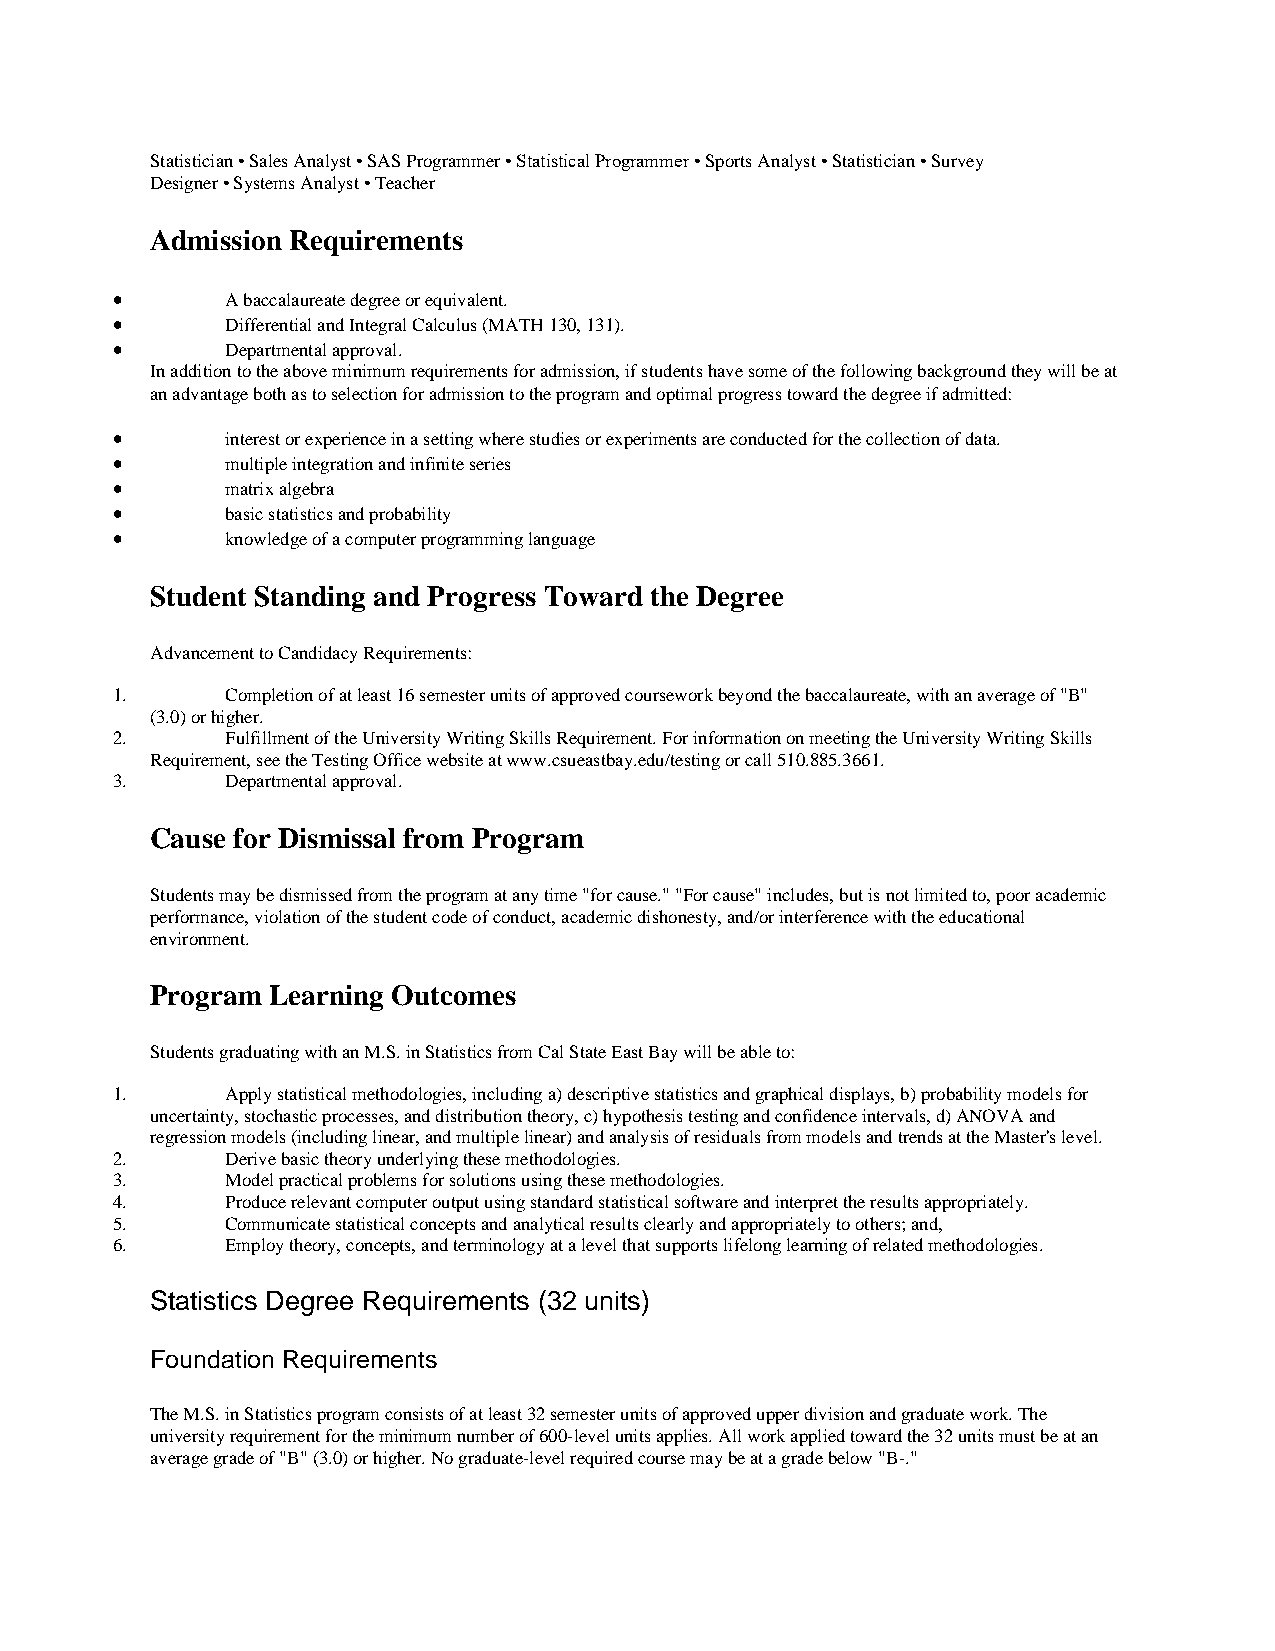
Statistician • Sales Analyst • SAS Programmer • Statistical Programmer • Sports Analyst • Statistician • Survey
 Designer • Systems Analyst • Teacher
 Admission Requirements
 •       A baccalaureate degree or equivalent.
 •       Differential and Integral Calculus (MATH 130, 131).
 •       Departmental approval.
 In addition to the above minimum requirements for admission, if students have some of the following background they will be at
 an advantage both as to selection for admission to the program and optimal progress toward the degree if admitted:
 •       interest or experience in a setting where studies or experiments are conducted for the collection of data.
 •       multiple integration and infinite series
 •       matrix algebra
 •       basic statistics and probability
 •       knowledge of a computer programming language
 Student Standing and Progress Toward the Degree
 Advancement to Candidacy Requirements:
 1.      Completion of at least 16 semester units of approved coursework beyond the baccalaureate, with an average of "B"
 (3.0) or higher.
 2.      Fulfillment of the University Writing Skills Requirement. For information on meeting the University Writing Skills
 Requirement, see the Testing Office website at www.csueastbay.edu/testing or call 510.885.3661.
 3.      Departmental approval.
 Cause for Dismissal from Program
 Students may be dismissed from the program at any time "for cause." "For cause" includes, but is not limited to, poor academic
 performance, violation of the student code of conduct, academic dishonesty, and/or interference with the educational
 environment.
 Program Learning Outcomes
 Students graduating with an M.S. in Statistics from Cal State East Bay will be able to:
 1.      Apply statistical methodologies, including a) descriptive statistics and graphical displays, b) probability models for
 uncertainty, stochastic processes, and distribution theory, c) hypothesis testing and confidence intervals, d) ANOVA and
 regression models (including linear, and multiple linear) and analysis of residuals from models and trends at the Master's level.
 2.      Derive basic theory underlying these methodologies.
 3.      Model practical problems for solutions using these methodologies.
 4.      Produce relevant computer output using standard statistical software and interpret the results appropriately.
 5.      Communicate statistical concepts and analytical results clearly and appropriately to others; and,
 6.      Employ theory, concepts, and terminology at a level that supports lifelong learning of related methodologies.
 Statistics Degree Requirements (32 units)
 Foundation Requirements
 The M.S. in Statistics program consists of at least 32 semester units of approved upper division and graduate work. The
 university requirement for the minimum number of 600-level units applies. All work applied toward the 32 units must be at an
 average grade of "B" (3.0) or higher. No graduate-level required course may be at a grade below "B-."